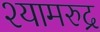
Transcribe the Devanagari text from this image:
श्यामरुद्र